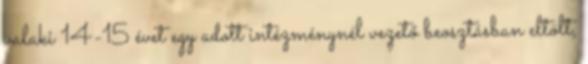
valaki 14-15 évet egy adott intézménynél vezető beosztásban eltölt,